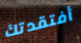
أفتقدتك